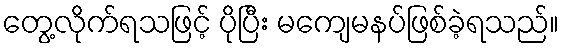
တွေ့လိုက်ရသဖြင့် ပိုပြီး မကျေမနပ်ဖြစ်ခဲ့ရသည်။